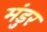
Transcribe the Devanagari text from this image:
मंडुर